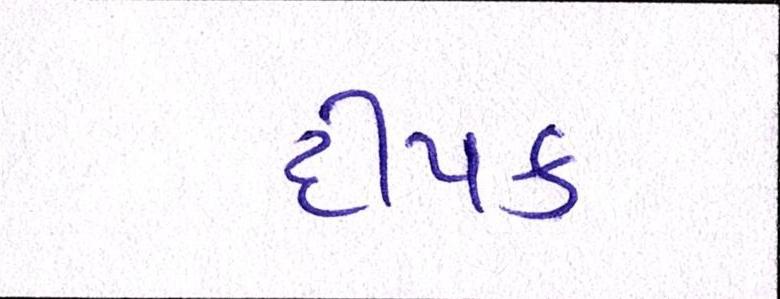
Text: દીપક